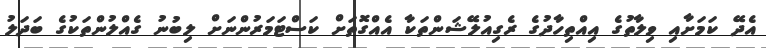
އެދޭ ކަމަށާއި ވިލާތުގެ އިއްތިހާދުގެ ރެގިއުލޭޝަންތަކާ އެއްގޮތަށް ކަސްޓަމަރުންނަށް ލިބުނު ގެއްލުންތަކުގެ ބަދަލު